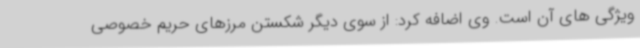
ویژگی های آن است. وی اضافه کرد: از سوی دیگر شکستن مرزهای حریم خصوصی